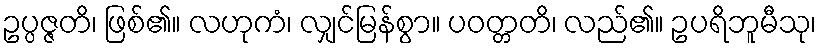
ဥပ္ပဇ္ဇတိ၊ ဖြစ်၏။ လဟုကံ၊ လျှင်မြန်စွာ။ ပဝတ္တတိ၊ လည်၏။ ဥပရိဘူမီသု၊